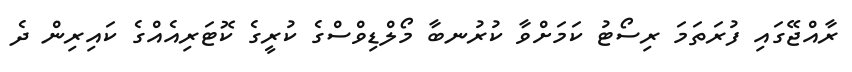
ރާއްޖޭގައި ފުރަތަމަ ރިސޯޓު ކަމަށްވާ ކުރުނބާ މޯލްޑިވްސްގެ ކުރީގެ ކޮޓަރިއެއްގެ ކައިރިން ދެ